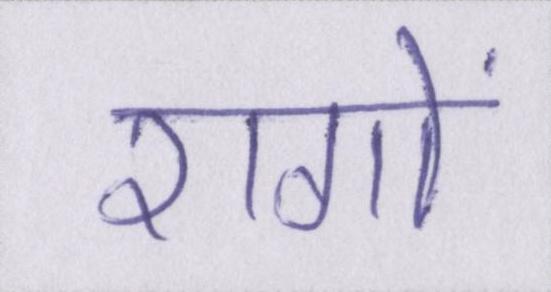
रागों